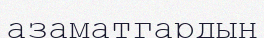
азаматгардың